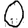
Digit: 0